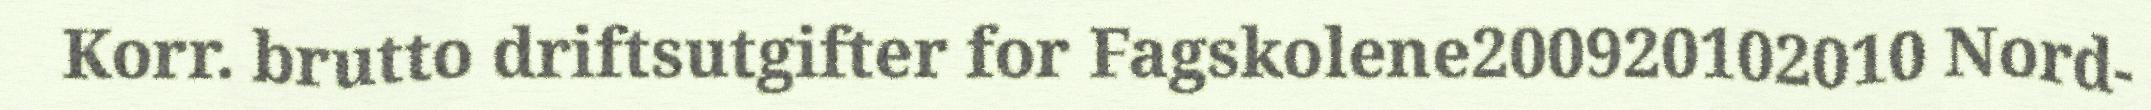
Korr. brutto driftsutgifter for Fagskolene200920102010 Nord-